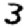
Digit: 3